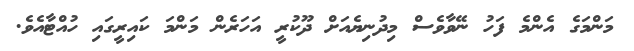
މަންމަގެ އެންމެ ފަހު ނޭވާވެސް މިދުނިޔެއަށް ދޫކުރީ އަހަރެން މަންމަ ކައިރީގައި ހުއްޓާއެވެ.